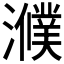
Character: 𤂛